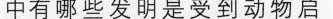
中有哪些发明是受到动物启